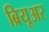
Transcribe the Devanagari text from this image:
ब्रियूअर